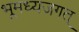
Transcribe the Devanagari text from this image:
भूमध्यजगत्‌